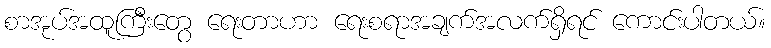
စာအုပ်အထူကြီးတွေ ရေးတာဟာ ရေးစရာအချက်အလက်ရှိရင် ကောင်းပါတယ်။